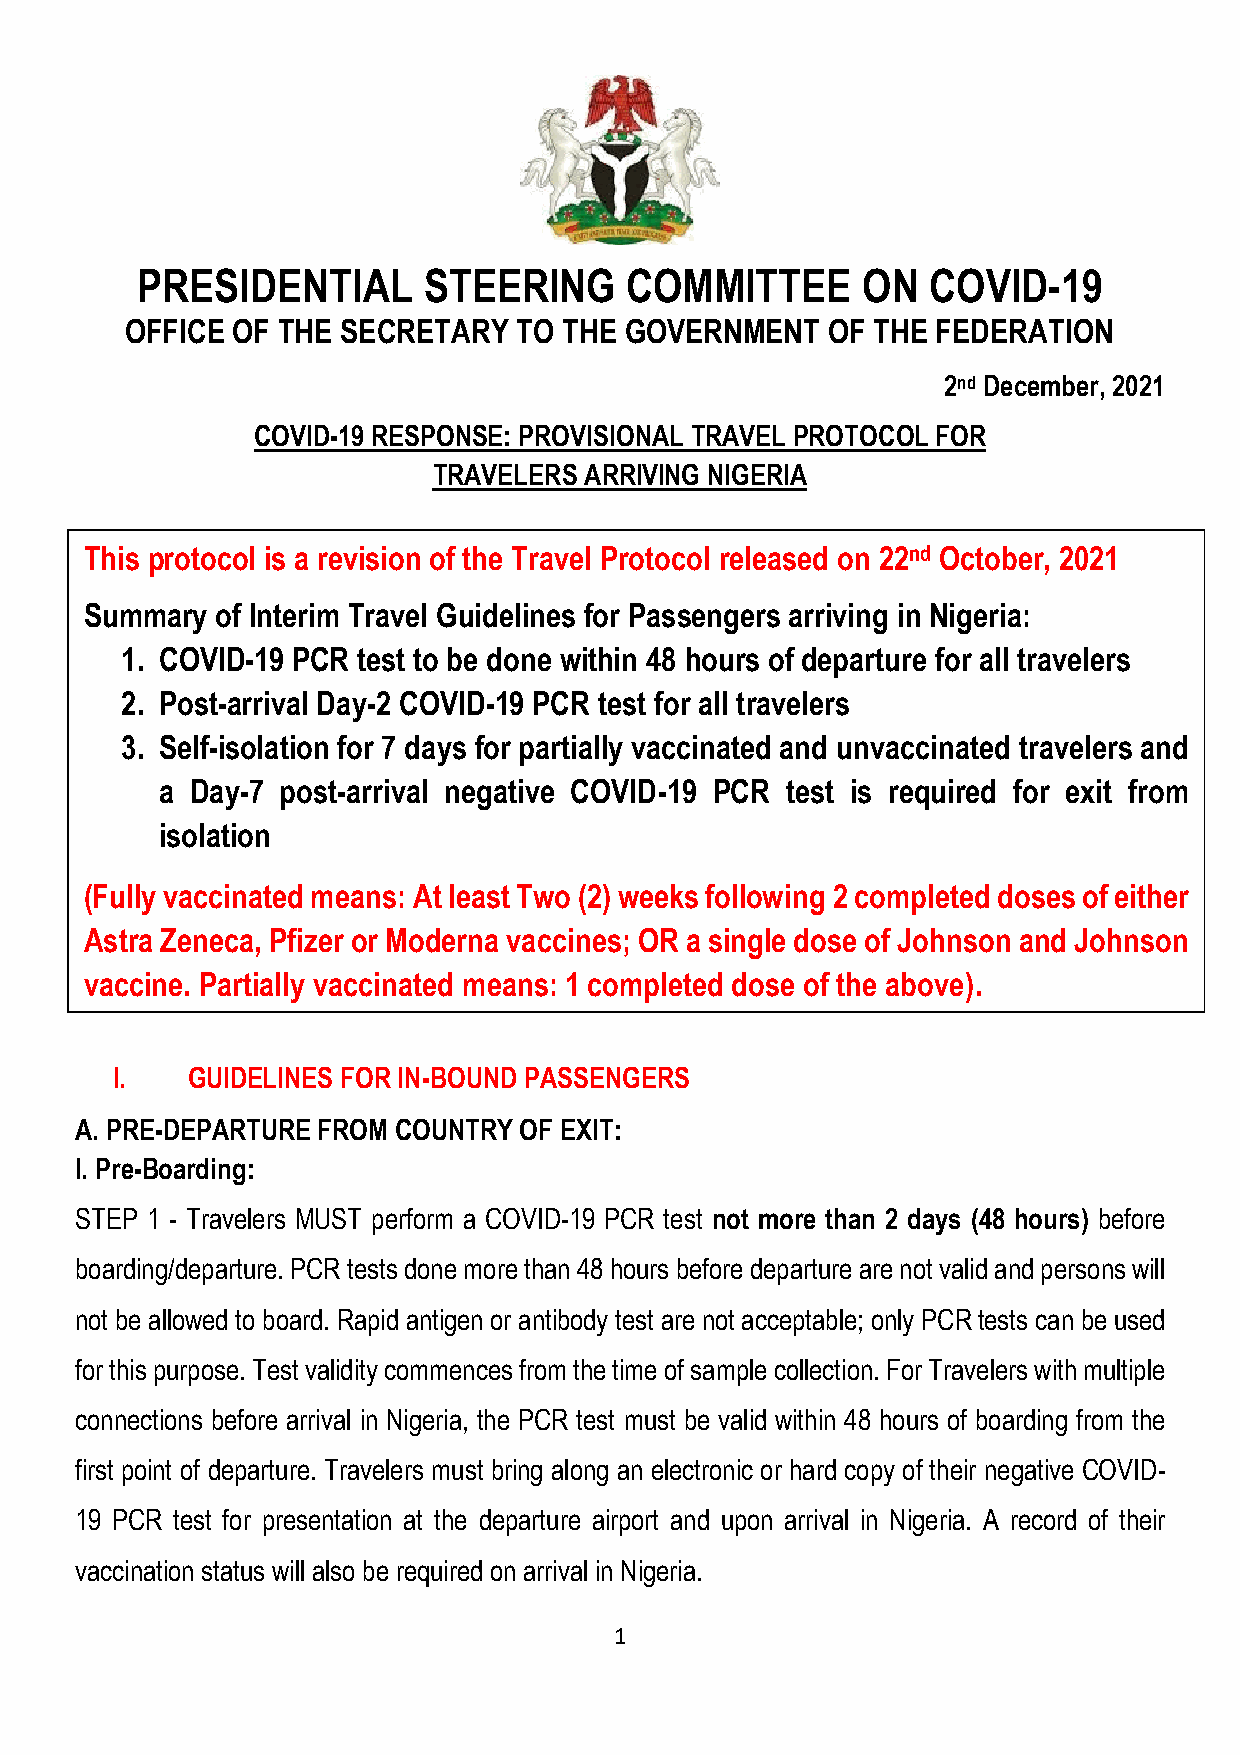
PRESIDENTIAL       STEERING     COMMITTEE       ON  COVID-19
 OFFICE OF THE  SECRETARY  TO THE GOVERNMENT    OF THE FEDERATION
 2nd December, 2021
 COVID-19 RESPONSE: PROVISIONAL TRAVEL PROTOCOL FOR
 TRAVELERS ARRIVING NIGERIA
 This protocol is a revision of the Travel Protocol released on 22nd October, 2021
 Summary of Interim Travel Guidelines for Passengers arriving in Nigeria:
 1. COVID-19 PCR test to be done within 48 hours of departure for all travelers
 2. Post-arrival Day-2 COVID-19 PCR test for all travelers
 3. Self-isolation for 7 days for partially vaccinated and unvaccinated travelers and
 a Day-7 post-arrival negative COVID-19 PCR test is required for exit from
 isolation
 (Fully vaccinated means: At least Two (2) weeks following 2 completed doses of either
 Astra Zeneca, Pfizer or Moderna vaccines; OR a single dose of Johnson and Johnson
 vaccine. Partially vaccinated means: 1 completed dose of the above).
 I.   GUIDELINES FOR IN-BOUND PASSENGERS
 A. PRE-DEPARTURE FROM COUNTRY OF EXIT:
 I. Pre-Boarding:
 STEP 1 - Travelers MUST perform a COVID-19 PCR test not more than 2 days (48 hours) before
 boarding/departure. PCR tests done more than 48 hours before departure are not valid and persons will
 not be allowed to board. Rapid antigen or antibody test are not acceptable; only PCR tests can be used
 for this purpose. Test validity commences from the time of sample collection. For Travelers with multiple
 connections before arrival in Nigeria, the PCR test must be valid within 48 hours of boarding from the
 first point of departure. Travelers must bring along an electronic or hard copy of their negative COVID-
 19 PCR test for presentation at the departure airport and upon arrival in Nigeria. A record of their
 vaccination status will also be required on arrival in Nigeria.
 1